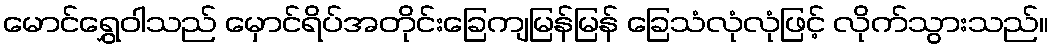
မောင်ရွှေဝါသည် မှောင်ရိပ်အတိုင်းခြေကျမြန်မြန် ခြေသံလုံလုံဖြင့် လိုက်သွားသည်။